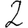
Digit: 2